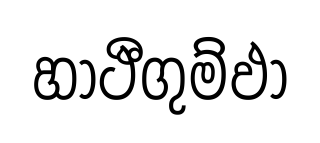
හාථීගුම්ඵා